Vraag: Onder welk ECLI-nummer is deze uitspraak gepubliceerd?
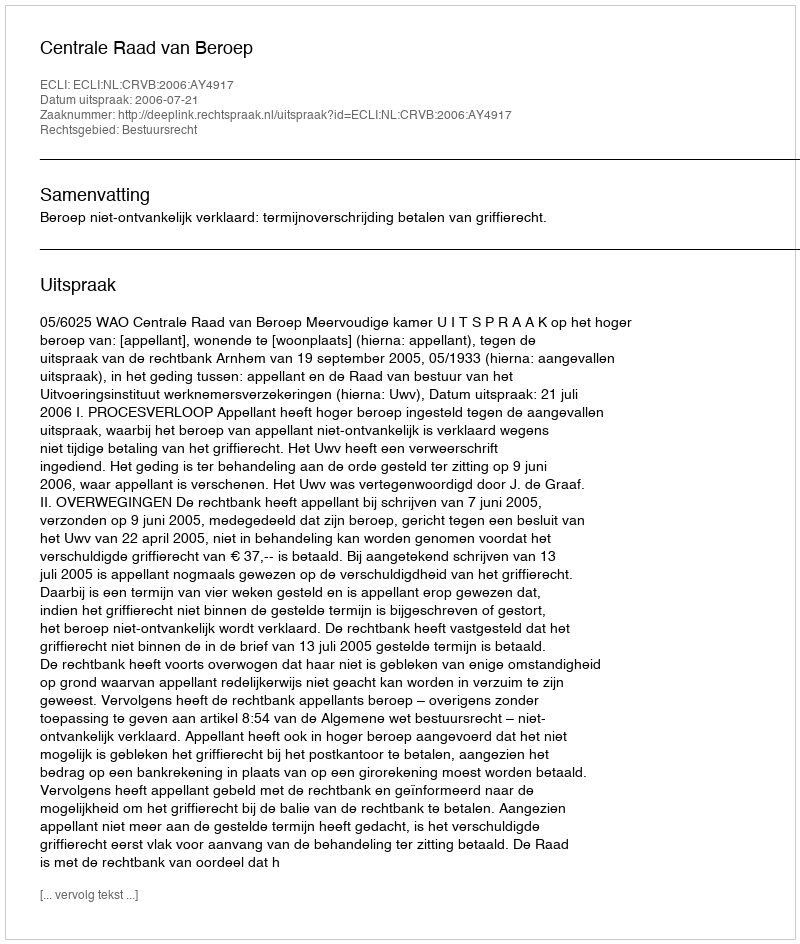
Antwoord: ECLI:NL:CRVB:2006:AY4917